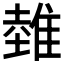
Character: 𨿲